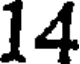
14